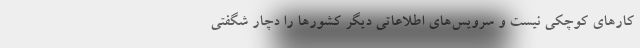
کار‌های کوچکی نیست و سرویس‌های اطلاعاتی دیگر کشور‌ها را دچار شگفتی